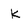
Character: K